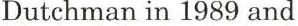
Dutchman in 1989 and